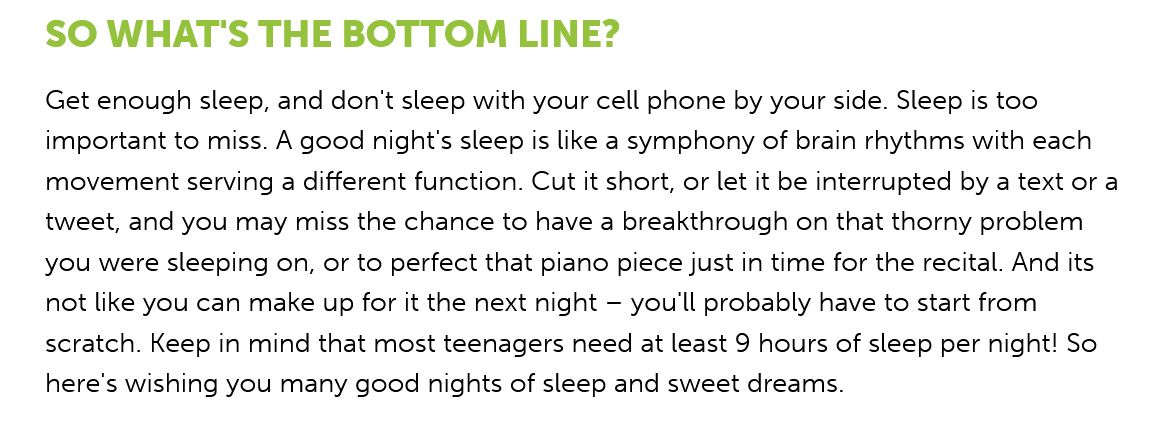
SO  WHAT'S    THE   BOTTOM   LINE?
    Get enough sleep, and don't sleep with your cell phone by your side. Sleep is too
    important to miss. A good night's sleep is like a symphony of brain rhythms with each
    movement serving a different function. Cut it short, or let it be interrupted by a text ora
    tweet, and you may miss the chance to have a breakthrough on that thorny problem
    you were sleeping on, or to perfect that piano piece just in time for the recital. And its
    not like you can make up for it the next night
     —
     you'll probably have to start from
    scratch. Keep in mind that most teenagers need at least 9 hours of sleep per night! So
    here's wishing you many good nights of sleep and sweet dreams.